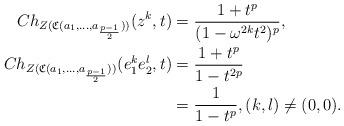
LaTeX: \begin{align*}Ch_{Z(\mathfrak{C}(a_1,\ldots,a_{\frac{p-1}{2}}))}(z^k,t)& = \frac{1+t^p}{(1-\omega^{2k} t^2)^p},\\Ch_{Z(\mathfrak{C}(a_1,\ldots,a_{\frac{p-1}{2}}))}(e_1^ke_2^l,t)&=\frac{1+t^p}{1-t^{2p}}\\ &= \frac{1}{1-t^p}, (k,l)\neq (0,0).\end{align*}